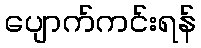
ပျောက်ကင်းရန်